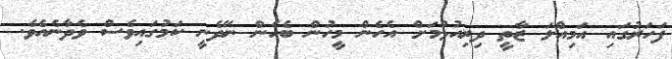
ފަހަރުގައި އަމިއްލަ ޒާތީ ދިރިއުޅުމަށް އެހެން މީހުން ބެހެން ނޭދެނީ ކަމުގައިވެސް ވެދާނެއެވެ.